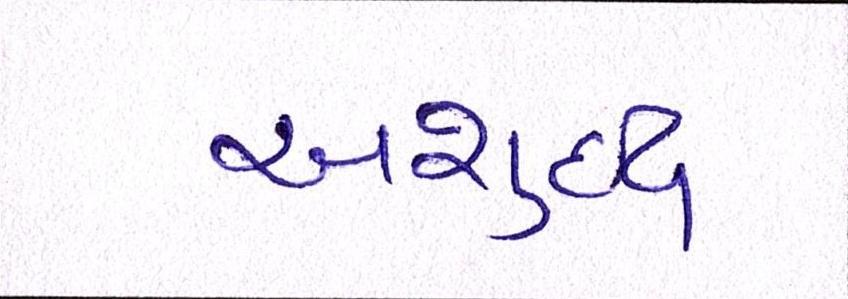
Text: અશુદ્ધ